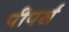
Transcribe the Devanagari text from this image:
पीपर्स